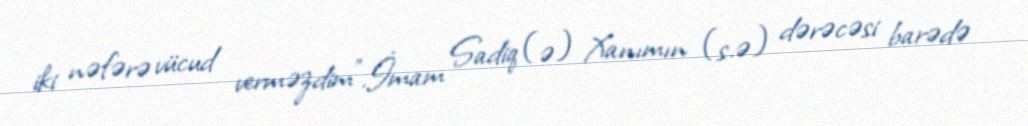
iki nəfərə vücud verməzdim”.İmam Sadiq (ə) Xanımın (s.ə) dərəcəsi barədə